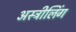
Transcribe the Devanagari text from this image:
अस्त्रीलिंग